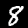
Digit: 8